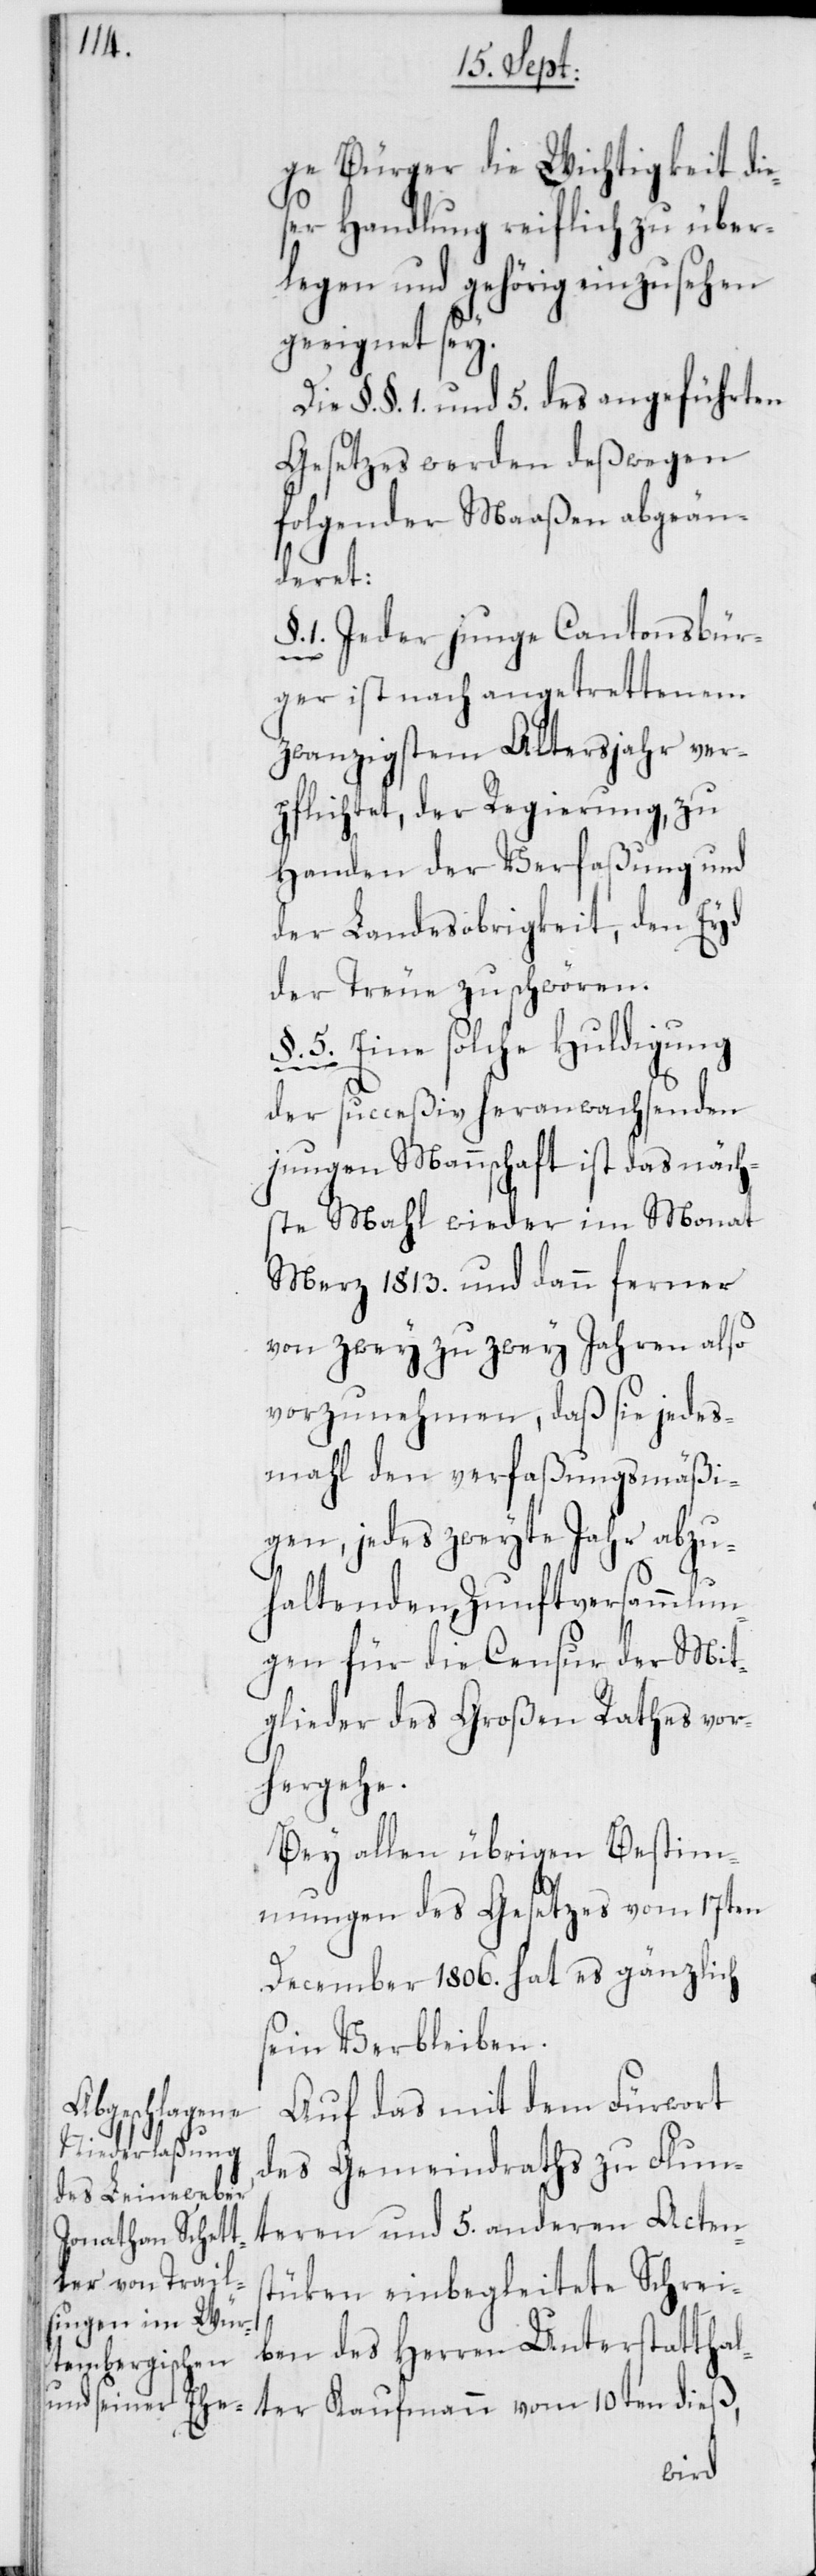
ge Bürger die Wichtigkeit die¬
ser Handlung reiflich zu über¬
legen und gehörig einzusehen
geeignet sey.
Die §. §. 1. und 5. des angeführten
Gesetzes werden deßwegen
folgender Maaßen abgeän¬
ter
§. 1. Jeder junge Cantonsbür¬
ger ist nach angetrettenem
zwanzigsten Altersjahr ver¬
pflichtet, der Regierung, zu
Handen der Verfaßung und
der Landesobrigkeit, den Eyd
der Treue zu schwören.
5. Eine solche Huldigung
der succeßiv heranwachsenden
jungen Mannschaft ist das näch¬
ste Mahl wieder im Monat
Merz 1813. und dann ferner
von zwey zu zwey Jahren also
vorzunehmen, daß sie jedes¬
mahl den verfaßungsmäßi¬
gen, jedes zweyte Jahr abzu¬
haltenden, Zunftversammlun¬
gen für die Censur der Mit¬
glieder des Großen Rathes vor¬
hergehe.
Bey allen übrigen Bestim¬
mungen des Gesetzes vom 17ten
December 1806. hat es gänzlich
sein Verbleiben.
Auf das mit dem Fürwort
des Gemeindraths zu Flun¬
teren und 5. anderen Actens¬
tüken einbegleitete Schrei¬
ben des Herren Unterstatthal¬